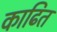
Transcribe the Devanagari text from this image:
काढित